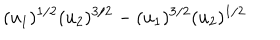
( u _ { 1 } ) ^ { 1 / 2 } ( u _ { 2 } ) ^ { 3 / 2 } - ( u _ { 1 } ) ^ { 3 / 2 } ( u _ { 2 } ) ^ { 1 / 2 }